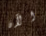
الآن